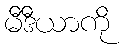
မီဒီယာကို